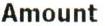
AMOUNT